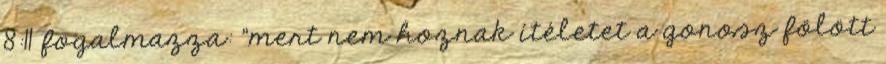
8:11 fogalmazza: "mert nem hoznak ítéletet a gonosz fölött